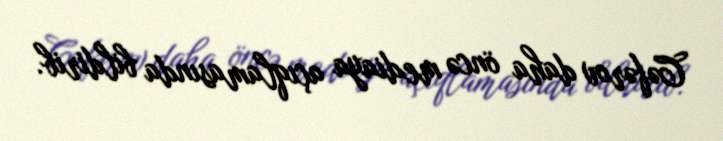
Cəfərov daha öncə mediaya açıqlamasında bildirib.